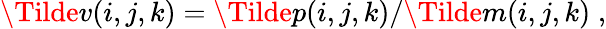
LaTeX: \Tilde{v}(i,j,k)=\Tilde{p}(i,j,k)/\Tilde{m}(i,j,k)\; ,